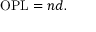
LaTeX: { \mathrm { O P L } } = n d .